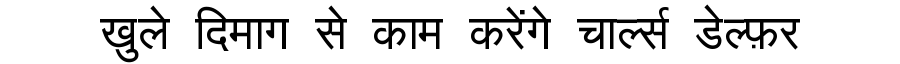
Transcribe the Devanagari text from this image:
खुले दिमाग से काम करेंगे चार्ल्स डेल्फ़र